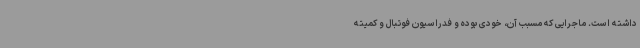
داشته است. ماجرایی که مسبب آن، خودی بوده و فدراسیون فوتبال و کمیته